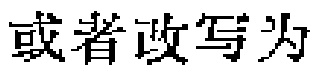
或者改写为